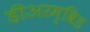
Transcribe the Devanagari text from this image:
डीअरम्विड